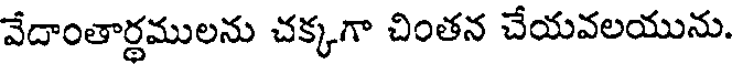
వేదాంతార్థములను చక్కగా చింతన చేయవలయును.